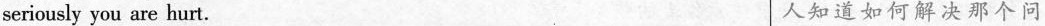
seriously you are hurt. 人知道如何解决那个问